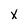
Character: x